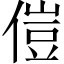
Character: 𫣅